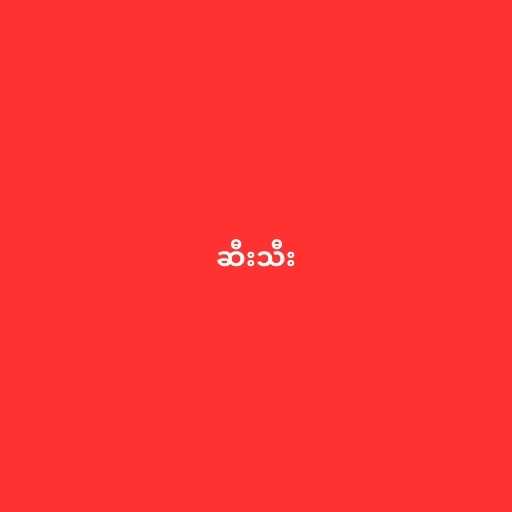
ဆီးသီး